Sleeping sickness
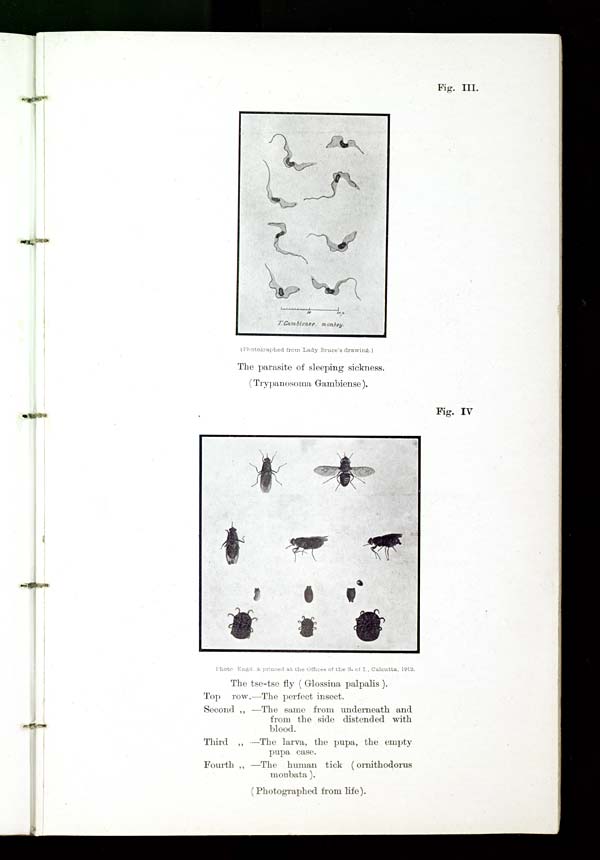
Fig. III.
(Photographed from Lady Bruce's drawing.)
The parasite of sleeping sickness.
(Trypanosoma Gambiense).
Fig. IV
Photo Engd. & printed at the Offices of the S. of I., Calcutta, 1912.
The tse-tse fly (Glossina palpalis).
Top row.—The perfect insect.
Second " —The same from underneath and
from the side distended with
blood.
Third " —The larva, the pupa, the empty
pupa case.
Fourth " —The human tick (ornithodorus
moubata).
(Photographed from life).